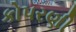
કોપરણી